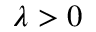
\lambda > 0